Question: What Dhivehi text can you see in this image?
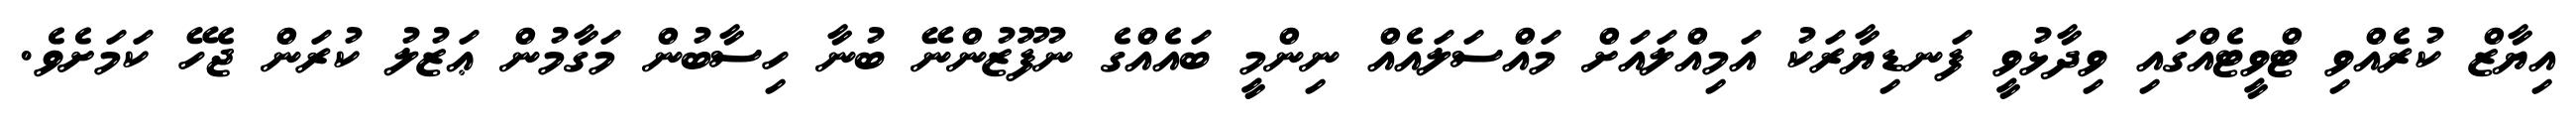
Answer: އިޔާޒް ކުރެއްވި ޓްވީޓެއްގައި ވިދާޅުވީ ފަނޑިޔާރަކު އަމިއްލައަށް މައްސަލައެއް ނިންމީ ބައެއްގެ ނުފޫޒުންނޭ ބުނާ ހިސާބުން މަގާމުން ޢަޒުލު ކުރަން ޖެހޭ ކަމަށެވެ.